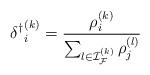
LaTeX: \begin{align*} {\delta^\dagger}^{(k)}_i= \frac{\rho^{(k)}_i}{\sum_{l\in{\mathcal{I}}_{\mathcal{F}}^{(k)}} \rho^{(l)}_j} \end{align*}